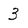
Character: 3